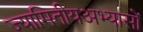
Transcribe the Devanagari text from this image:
ज्यामितीयअभ्यासों